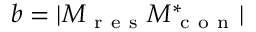
b = | M _ { \mathrm { ~ r ~ e ~ s ~ } } M _ { \mathrm { ~ c ~ o ~ n ~ } } ^ { * } |